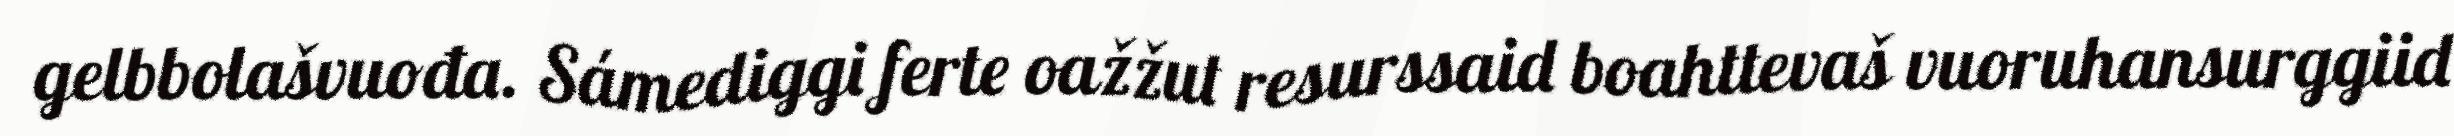
gelbbolašvuođa. Sámediggi ferte oažžut resurssaid boahttevaš vuoruhansurggiid